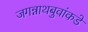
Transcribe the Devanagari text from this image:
जगन्नाथबुवांकडे